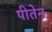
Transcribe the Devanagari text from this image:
पीतेन